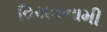
વિયતનામી